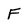
Character: F